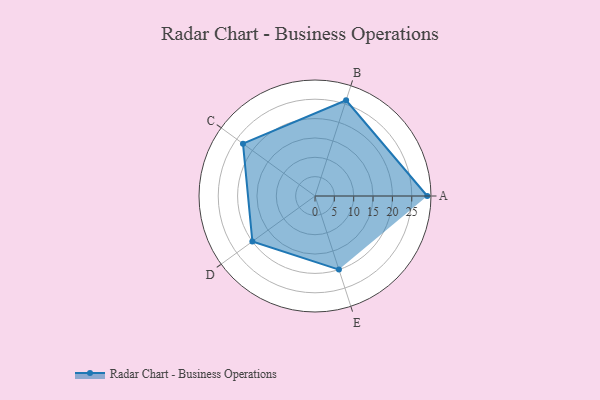
{"axis": {"x": "Skill", "y": "Score"}, "legend": ["Profile"], "data": [{"x": "A", "y": 29.0, "type": "Profile"}, {"x": "B", "y": 26.0, "type": "Profile"}, {"x": "C", "y": 23.0, "type": "Profile"}, {"x": "D", "y": 20.0, "type": "Profile"}, {"x": "E", "y": 20, "type": "Profile"}]}